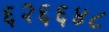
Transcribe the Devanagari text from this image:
६२६६४८